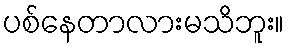
ပစ်နေတာလားမသိဘူး။